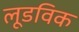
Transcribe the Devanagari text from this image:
लूडविक